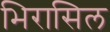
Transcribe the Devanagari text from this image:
भिरासिल